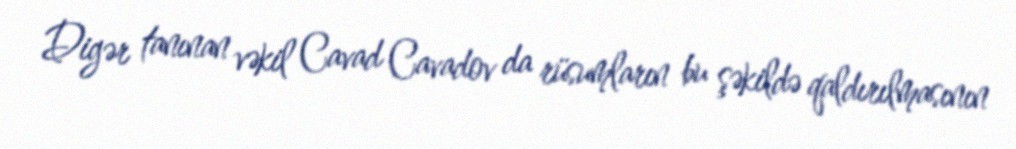
Digər tanınan vəkil Cavad Cavadov da rüsumların bu şəkildə qaldırılmasının